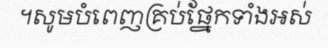
។សូមបំពេញគ្រប់ផ្នែកទាំងអស់